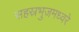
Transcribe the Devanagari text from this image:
सहस्रभुजमध्वरे